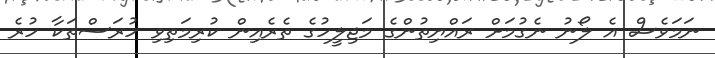
ނަމަވެސް އެ ލޯނު ނެގުމަށް ރައްޔިތުންގެ މަޖިލީހުގެ ތެރެއިން ކުރިމަތިވި ހުރަސްތަކާ ހުރެ